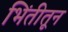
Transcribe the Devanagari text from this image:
भिंतीतून